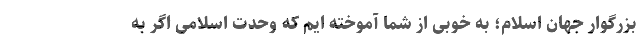
بزرگوار جهان اسلام؛ به خوبی از شما آموخته ایم که وحدت اسلامی اگر به